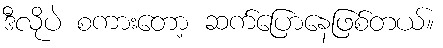
ဒီလိုပဲ စကားတော့ ဆက်ပြောနေဖြစ်တယ်။